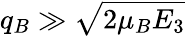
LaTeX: q_{B}\gg\sqrt{2\mu_{B}E_{3}}